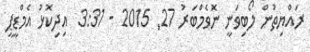
ރައްޔިތުން ލޯބިވަނީ ނޮވެމްބަރު 27